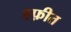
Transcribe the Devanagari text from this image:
हफ़ीत